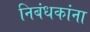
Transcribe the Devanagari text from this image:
निबंधकांना